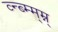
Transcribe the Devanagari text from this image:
व्न्ब्म्म्म्न्